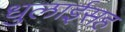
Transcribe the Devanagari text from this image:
धुलाईसह